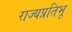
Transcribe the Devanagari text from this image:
राज्यप्रतिभू